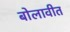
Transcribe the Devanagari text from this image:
बोलावीत